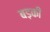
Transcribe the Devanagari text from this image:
बड़की